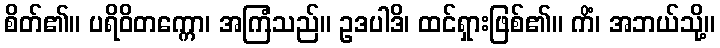
စိတ်၏။ ပရိဝိတက္ကော၊ အကြံသည်။ ဥဒပါဒိ၊ ထင်ရှားဖြစ်၏။ ကိံ၊ အဘယ်သို့။